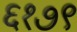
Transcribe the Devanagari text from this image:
६१७९